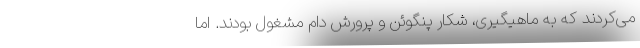
می‌کردند که به ماهیگیری، شکار پنگوئن و پرورش دام مشغول بودند. اما